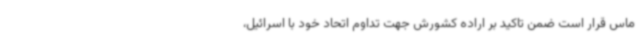
ماس قرار است ضمن تاکید بر اراده کشورش جهت تداوم اتحاد خود با اسرائیل،